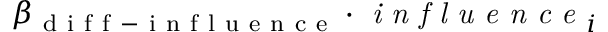
\beta _ { \mathrm { ~ d ~ i ~ f ~ f ~ - ~ i ~ n ~ f ~ l ~ u ~ e ~ n ~ c ~ e ~ } } \cdot \textit { i n f l u e n c e } _ { i }